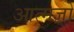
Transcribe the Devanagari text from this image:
आत्मज्ञो